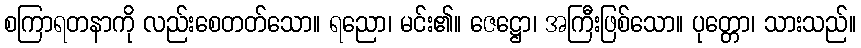
စကြာရတနာကို လည်းစေတတ်သော။ ရညော၊ မင်း၏။ ဇေဋ္ဌော၊ အကြီးဖြစ်သော။ ပုတ္တော၊ သားသည်။